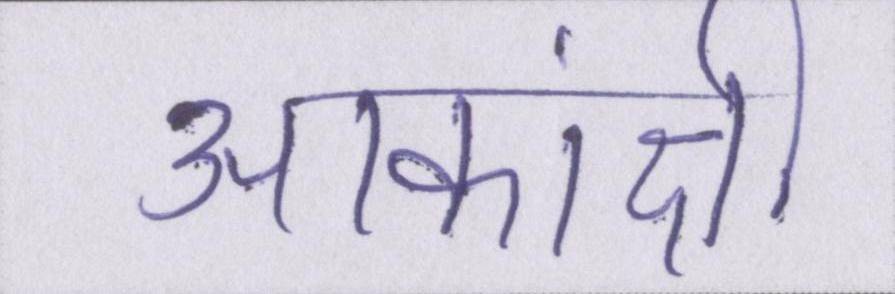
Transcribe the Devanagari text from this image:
आकांक्षी